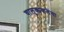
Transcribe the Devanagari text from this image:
चालुक्यकलेचा